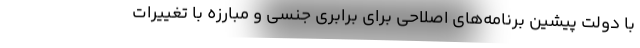
با دولت پیشین برنامه‌های اصلاحی برای برابری جنسی و مبارزه با تغییرات